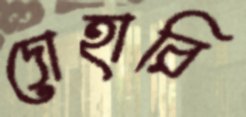
দোহারি